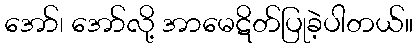
အော်၊ အော်လို့ အာမေဋိတ်ပြုခဲ့ပါတယ်။